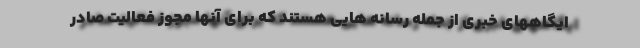
ایگاههای خبری از جمله رسانه هایی هستند که برای آنها مجوز فعالیت صادر